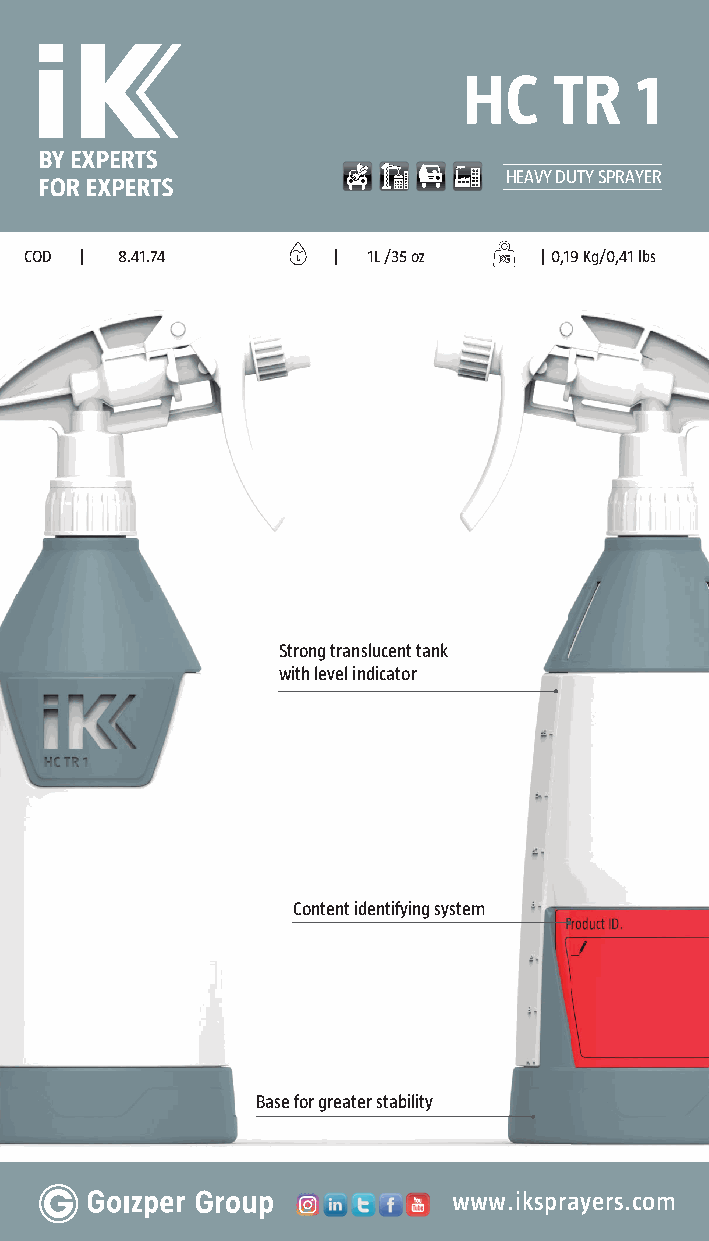
HC    TR   1
 HEAVY DUTY SPRAYER
 COD | 8.41.74       | 1L /35 oz   | 0,19 Kg/0,41 lbs
 Strong translucent tank
 with level indicator
 Content identifying system
 Base for greater stability
 www.iksprayers.com